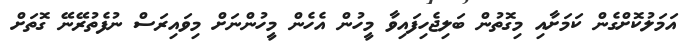
އަމަލުކޮށްގެން ކަމަށާއި މިގޮތުން ބަލިޖެހިފައިވާ މީހުން އެހެން މީހުންނަށް މިވައިރަސް ނުފެތުރޭނޭ ގޮތަށް